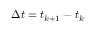
\Delta t = t _ { k + 1 } - t _ { k }